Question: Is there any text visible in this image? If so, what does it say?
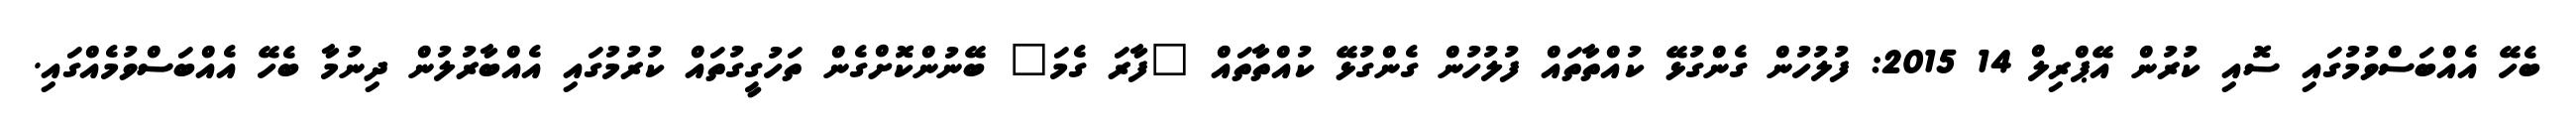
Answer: ބެހޭ އެއްބަސްވުމުގައި ސޮއި ކުރުން އޭޕްރިލް 14 2015: ފުލުހުން ގެންގުޅޭ ކުއްތާތައް ފުލުހުން ގެންގުޅޭ ކުއްތާތައް "ފާރަ ގެމަ" ބޭނުންކޮށްގެން ތަހުގީގުތައް ކުރުމުގައި އެއްބާރުލުން ދިނުމާ ބެހޭ އެއްބަސްވުމެއްގައި.